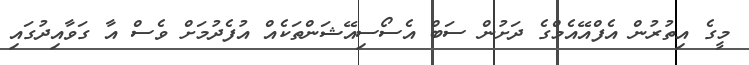
މީގެ އިތުރުން އެފްއޭއެމްގެ ދަށުން ސަބް އެސޯސިއޭޝަންތަކެއް އުފެދުމަށް ވެސް އާ ގަވާއިދުގައި